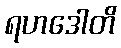
ရဟဒေါတိ